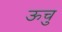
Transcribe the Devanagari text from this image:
ऊचु